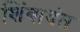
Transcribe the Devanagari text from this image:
शिंबावंत